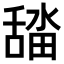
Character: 𮍾